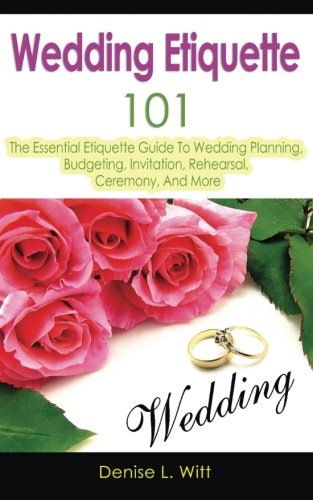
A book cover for Wedding Etiquette 101: The Essential Etiquette Guide To Wedding Planning, Budgeting, Invitation, Rehearsal, Ceremony, And More; Denise L. Witt; Crafts, Hobbies & Home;